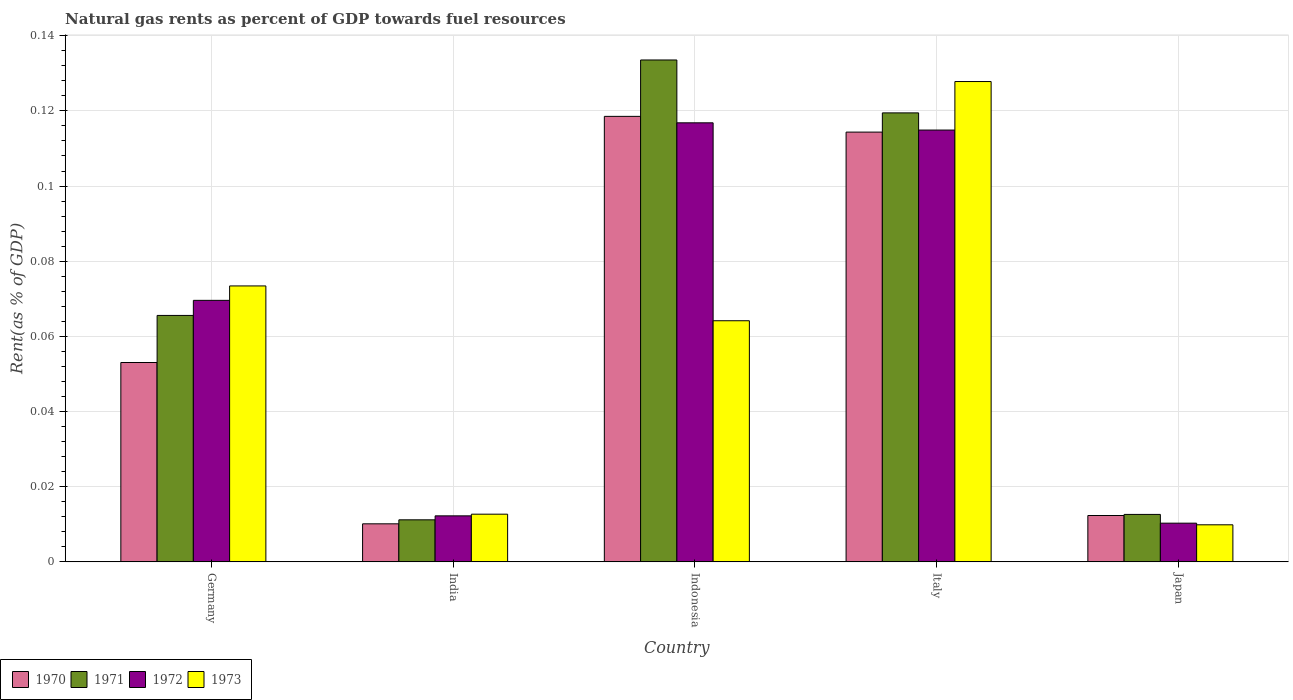
| Country | 1970 | 1971 | 1972 | 1973 |
 | --- | --- | --- | --- | --- |
 | Germany | 0.053 | 0.0656 | 0.0696 | 0.0734 |
 | India | 0.0101 | 0.0112 | 0.0122 | 0.0127 |
 | Indonesia | 0.119 | 0.134 | 0.117 | 0.0642 |
 | Italy | 0.114 | 0.119 | 0.115 | 0.128 |
 | Japan | 0.0123 | 0.0126 | 0.0103 | 0.00986 |